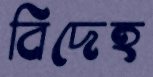
বিদেহ